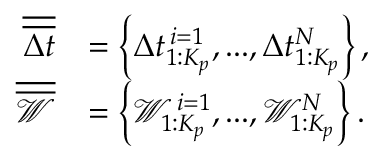
\begin{array} { r l } { \overline { { \overline { { \Delta t } } } } } & { = \left\{ \Delta t _ { 1 : K _ { p } } ^ { \, i = 1 } , . . . , \Delta t _ { 1 : K _ { p } } ^ { N } \right\} , } \\ { \overline { { \overline { { \mathcal { W } } } } } } & { = \left\{ \mathcal { W } _ { 1 : K _ { p } } ^ { \, i = 1 } , . . . , \mathcal { W } _ { 1 : K _ { p } } ^ { N } \right\} . } \end{array}